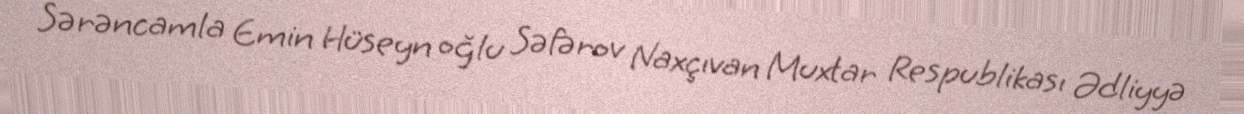
Sərəncamla Emin Hüseyn oğlu Səfərov Naxçıvan Muxtar Respublikası Ədliyyə